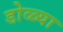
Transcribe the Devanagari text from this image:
डोळ्या